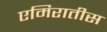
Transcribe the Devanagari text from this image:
एमिरातीस